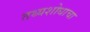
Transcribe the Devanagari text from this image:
तथ्यशोधाचा